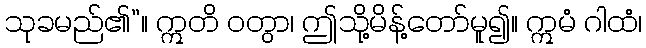
သုခမည်၏”။ ဣတိ ဝတွာ၊ ဤသို့မိန့်တော်မူ၍။ ဣမံ ဂါထံ၊